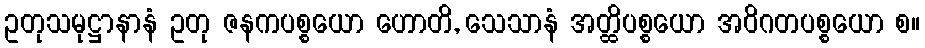
ဥတုသမုဋ္ဌာနာနံ ဥတု ဇနကပစ္စယော ဟောတိ, သေသာနံ အတ္ထိပစ္စယော အဝိဂတပစ္စယော စ။